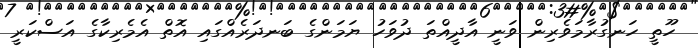
ހޫތީ ހަނގުރާމަވެރިން ވަނީ އާދީއްތަ ދުވަހު ޔަމަންގެ ބަނދަރެއްގައި އޮތް އެމެރިކާގެ އަސްކަރީ